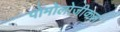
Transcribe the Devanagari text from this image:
पोमोलोजीकल